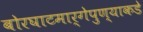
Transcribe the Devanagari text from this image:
बोरघाटमार्गेपुण्याकडे